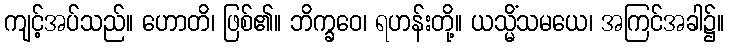
ကျင့်အပ်သည်။ ဟောတိ၊ ဖြစ်၏။ ဘိက္ခဝေ၊ ရဟန်းတို့။ ယသ္မိံသမယေ၊ အကြင်အခါ၌။